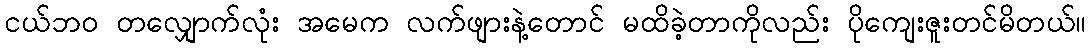
ငယ်ဘ၀ တလျှောက်လုံး အမေက လက်ဖျားနဲ့တောင် မထိခဲ့တာကိုလည်း ပိုကျေးဇူးတင်မိတယ်။